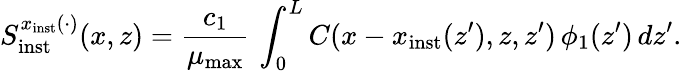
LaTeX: S_{\mathrm{inst}}^{x_{\mathrm{inst}}(\cdot)}(x,z)=\frac{c_{1}}{\mu_{\mathrm{max}}}\, \int_{0}^{L}C(x-x_{\mathrm{inst}}(z^{\prime}),z,z^{\prime})\, \phi_{1}(z^{\prime})\, dz^{\prime}.